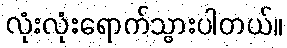
လုံးလုံးရောက်သွားပါတယ်။